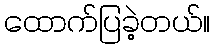
ထောက်ပြခဲ့တယ်။